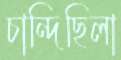
চান্দিছিলা